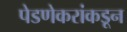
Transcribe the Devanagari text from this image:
पेडणेकरांकडून